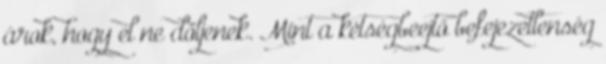
árok, hogy el ne dőljenek. Mint a kétségbeejtő befejezetlenség